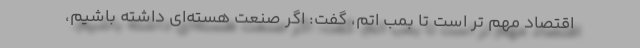
اقتصاد مهم تر است تا بمب اتم، گفت: اگر صنعت هسته‌ای داشته باشیم،